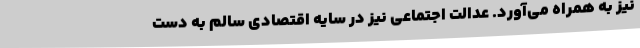
نیز به همراه می‌آورد. عدالت اجتماعی نیز در سایه اقتصادی سالم به دست